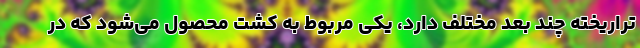
تراریخته چند بعد مختلف دارد، یکی مربوط به کشت محصول می‌شود که در